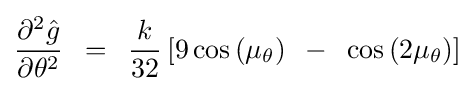
{{\partial ^{2}{\hat {g}}} \over {\partial \theta ^{2}}}\,\,\,=\,\,\,{k \over {32}}\left[{9\cos \left({\mu _{\theta }}\right)\,\,\,-\,\,\,\cos \left({2\mu _{\theta }}\right)}\right]